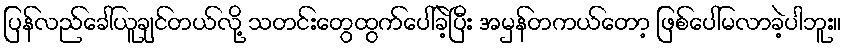
ပြန်လည်ခေါ်ယူချင်တယ်လို့ သတင်းတွေထွက်ပေါ်ခဲ့ပြီး အမှန်တကယ်တော့ ဖြစ်ပေါ်မလာခဲ့ပါဘူး။